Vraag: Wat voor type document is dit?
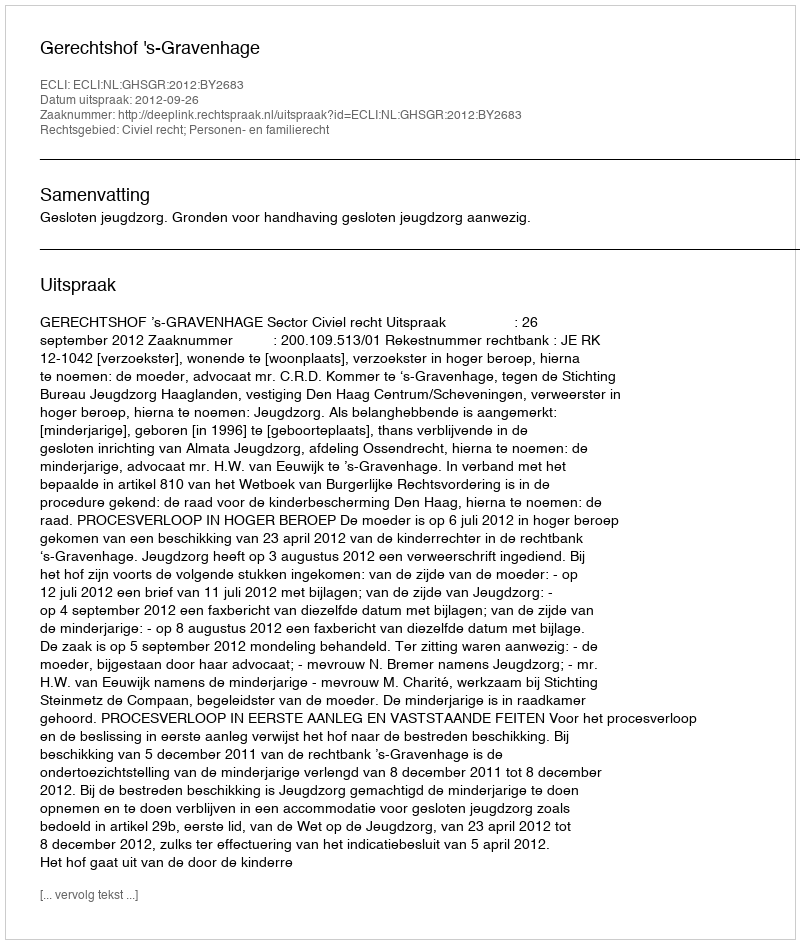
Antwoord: Uitspraak